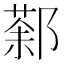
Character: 𨝒